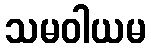
သမဝါယမ